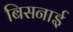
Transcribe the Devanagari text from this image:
बिसनाई